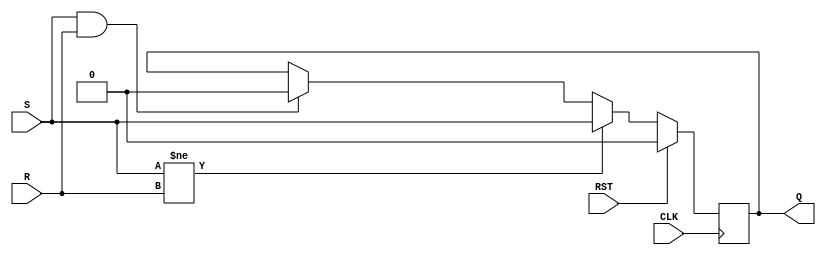
`timescale 1ns / 1ps
//////////////////////////////////////////////////////////////////////////////////

// Module Name: SR_FF

//////////////////////////////////////////////////////////////////////////////////


module SR_FF(
    input S,
    input R,
    input CLK,
    input RST, 
    output reg Q
    );
    
always @ (posedge (CLK))
        begin 
            if (RST)
                begin
                   Q <= 1'b0;
                end   
            else
                begin
                   if (S != R)
                        begin
                        Q <= S;
                        end 
                   else if (S == 1'b1 && R == 1'b1) 
                        begin 
                        Q <= 1'b0; 
                        end 
                end
    end  
endmodule